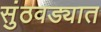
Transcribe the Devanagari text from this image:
सुंठवड्यात